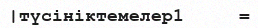
|түсініктемелер1     =